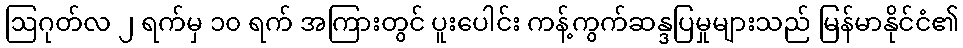
ဩဂုတ်လ ၂ ရက်မှ ၁၀ ရက် အကြားတွင် ပူးပေါင်း ကန့်ကွက်ဆန္ဒပြမှုများသည် မြန်မာနိုင်ငံ၏